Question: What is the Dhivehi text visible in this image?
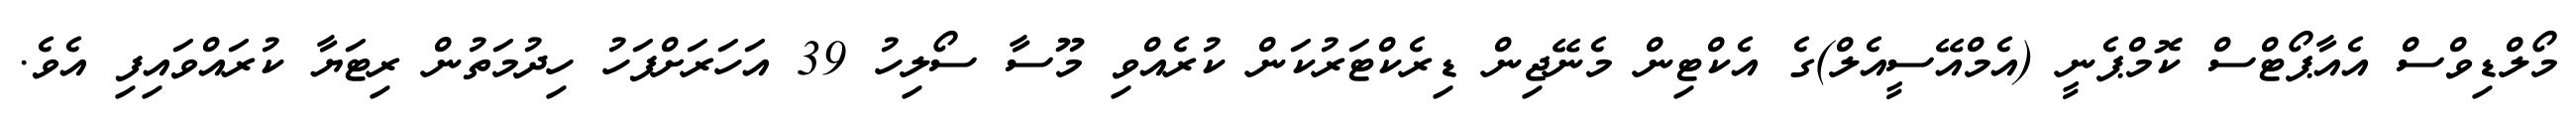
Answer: މޯލްޑިވްސް އެއާޕޯޓްސް ކޮމްޕެނީ (އެމްއޭސީއެލް)ގެ އެކްޓިން މެނޭޖިން ޑިރެކްޓަރުކަން ކުރެއްވި މޫސާ ސޯލިހު 39 އަހަރަށްފަހު ހިދުމަތުން ރިޓަޔާ ކުރައްވައިފި އެވެ.